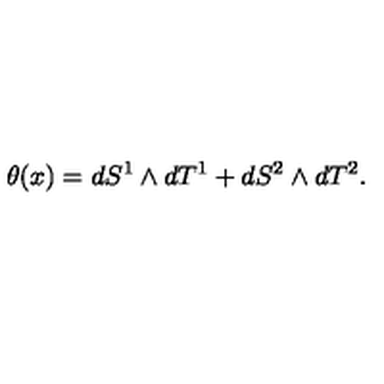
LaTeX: \theta ( x ) = d S ^ { 1 } \wedge d T ^ { 1 } + d S ^ { 2 } \wedge d T ^ { 2 } .